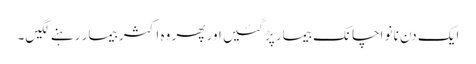
ایک دن نانو اچانک بیمار پڑگئیں اور پھر وہ اکثر بیمار رہنے لگیں۔